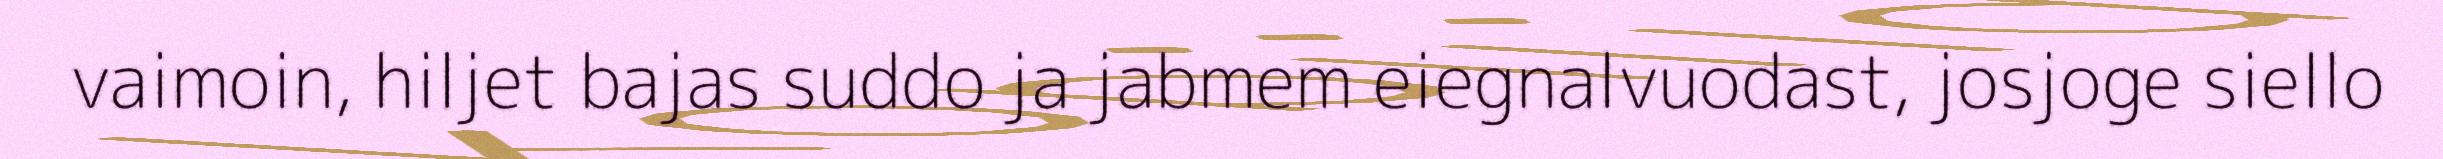
vaimoin, hiljet bajas suddo ja jabmem eiegnalvuodast, josjoge siello